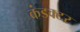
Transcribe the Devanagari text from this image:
कंडक्‍टर